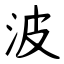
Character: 波